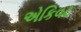
એકિવટ